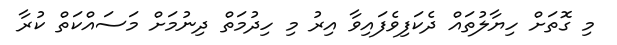
މި ގޮތަށް ހިޔާލުތައް ދެކަފިވެފައިވާ އިރު މި ހިދުމަތް ދިނުމަށް މަސައްކަތް ކުރާ